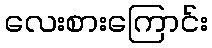
လေးစားကြောင်း